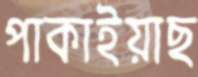
পাকাইয়াছ